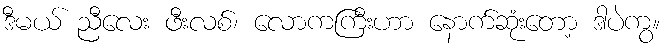
ဒီမယ် ညီလေး ဖီးလစ်၊ လောကကြီးဟာ နောက်ဆုံးတော့ ဒါပဲကွ။